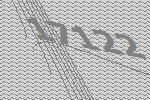
17122